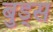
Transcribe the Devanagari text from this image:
बुड्स